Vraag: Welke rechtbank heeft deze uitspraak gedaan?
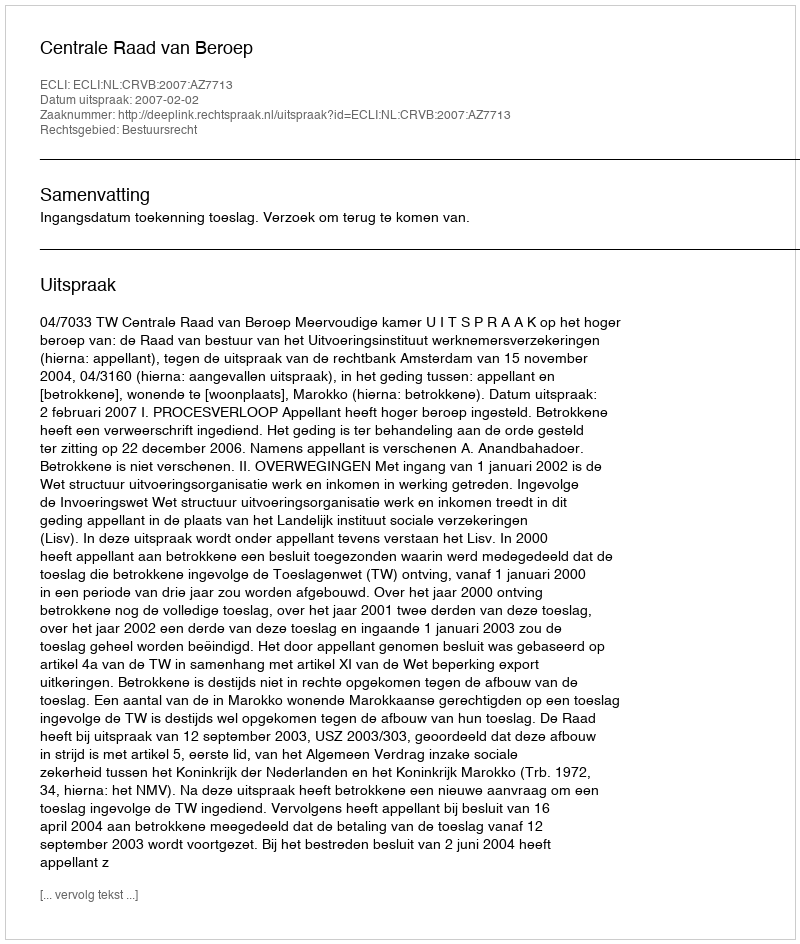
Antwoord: Centrale Raad van Beroep